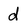
Character: d